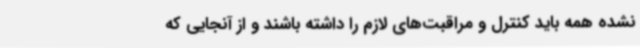
نشده همه باید کنترل و مراقبت‌های لازم را داشته باشند و از آنجایی که